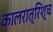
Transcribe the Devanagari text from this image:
कालरात्रिश्च